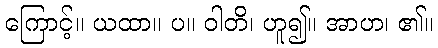
ကြောင့်။ ယထာ။ ပ။ ဝါတိ၊ ဟူ၍။ အာဟ၊ ၏။